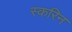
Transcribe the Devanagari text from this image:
स्करिन